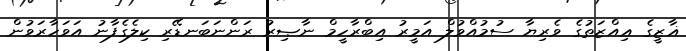
ޣާޒީގެ ޢިއްޒަތުގެ ވެރިޔާ ސުމުއްވުލް އަމީރު އިބްރާހީމް ނާޞިރު ރަންނަބަނޑޭރި ކިލެގެފާނު އަވަހާރަވުން